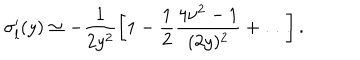
{ \sigma } _ { l } ^ { \prime } ( y ) \simeq - \frac { 1 } { 2 y ^ { 2 } } \left[ 1 - \frac { 1 } { 2 } \frac { 4 \nu ^ { 2 } - 1 } { ( 2 y ) ^ { 2 } } + \dots \right] .